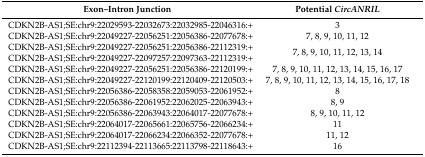
<table><thead><tr><td><b>Exon–Intron Junction</b></td><td><b>Potential <i>CircANRIL</i></b></td></tr></thead><tbody><tr><td>CDKN2B-AS1;SE:chr9:22029593-22032673:22032985-22046316:+</td><td>3</td></tr><tr><td>CDKN2B-AS1;SE:chr9:22049227-22056251:22056386-22077678:+</td><td>7, 8, 9, 10, 11, 12</td></tr><tr><td>CDKN2B-AS1;SE:chr9:22049227-22056251:22056386-22112319:+ CDKN2B-AS1;SE:chr9:22049227-22097257:22097363-22112319:+</td><td>7, 8, 9, 10, 11, 12, 13, 14</td></tr><tr><td>CDKN2B-AS1;SE:chr9:22049227-22056251:22056386-22120199:+</td><td>7, 8, 9, 10, 11, 12, 13, 14, 15, 16, 17</td></tr><tr><td>CDKN2B-AS1;SE:chr9:22049227-22120199:22120409-22120503:+</td><td>7, 8, 9, 10, 11, 12, 13, 14, 15, 16, 17, 18</td></tr><tr><td>CDKN2B-AS1;SE:chr9:22056386-22058358:22059053-22061952:+</td><td>8</td></tr><tr><td>CDKN2B-AS1;SE:chr9:22056386-22061952:22062025-22063943:+</td><td>8, 9</td></tr><tr><td>CDKN2B-AS1;SE:chr9:22056386-22063943:22064017-22077678:+</td><td>8, 9, 10, 11, 12</td></tr><tr><td>CDKN2B-AS1;SE:chr9:22064017-22065661:22065756-22066234:+</td><td>11</td></tr><tr><td>CDKN2B-AS1;SE:chr9:22064017-22066234:22066352-22077678:+</td><td>11, 12</td></tr><tr><td>CDKN2B-AS1;SE:chr9:22112394-22113665:22113798-22118643:+</td><td>16</td></tr></tbody></table>